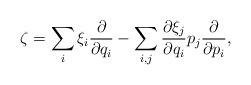
LaTeX: \begin{align*}\zeta=\sum_i\xi_i\frac{\partial}{\partial q_i}-\sum_{i,j}\frac{\partial\xi_j}{\partial q_i}p_j\frac{\partial}{\partial p_i},\end{align*}